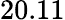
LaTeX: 20.11